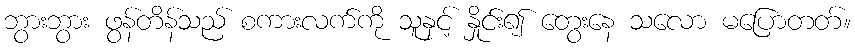
ဘွားဘွား ဖွန်တိန်သည် စကားလက်ကို သူနှင့် နှိုင်း၍ တွေးနေ သလော မပြောတတ်။